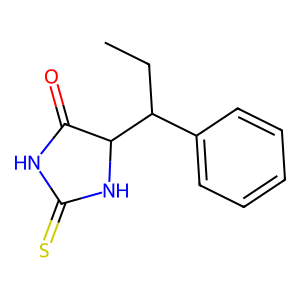
SMILES: CCC(c1ccccc1)C1NC(=S)NC1=O
Inhibits HIV replication: No